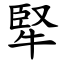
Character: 㹂